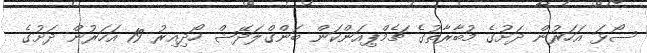
ސޯޅަ އަހަރުން ދަށުގެ މުބާރާތުގެ ޗެމްޕިއަންކަން ބަންގްލަދޭޝް ހޯދިއިރު 19 އަހަރުން ދަށުގެ